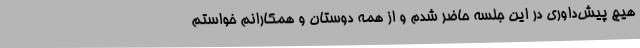
هیچ پیش‌داوری در این جلسه حاضر شدم و از همه دوستان و همکارانم خواستم